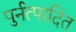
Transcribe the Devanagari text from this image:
पुर्नत्पादित